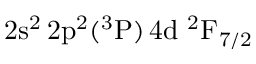
\mathrm { 2 s ^ { 2 } \, 2 p ^ { 2 } ( ^ { 3 } P ) \, 4 d ~ ^ { 2 } F _ { 7 / 2 } }